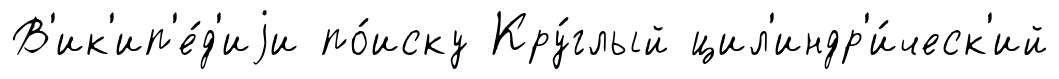
В'ик'ип'е́д'иjи по́иску Кру́глый цил'индр'и́ческ'ий